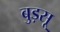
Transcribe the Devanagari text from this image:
बुड़सू